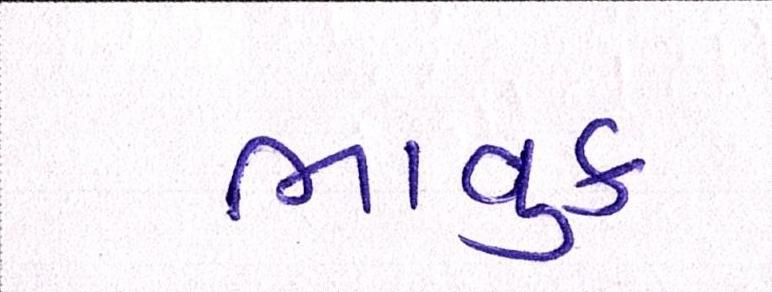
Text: ભાવુક